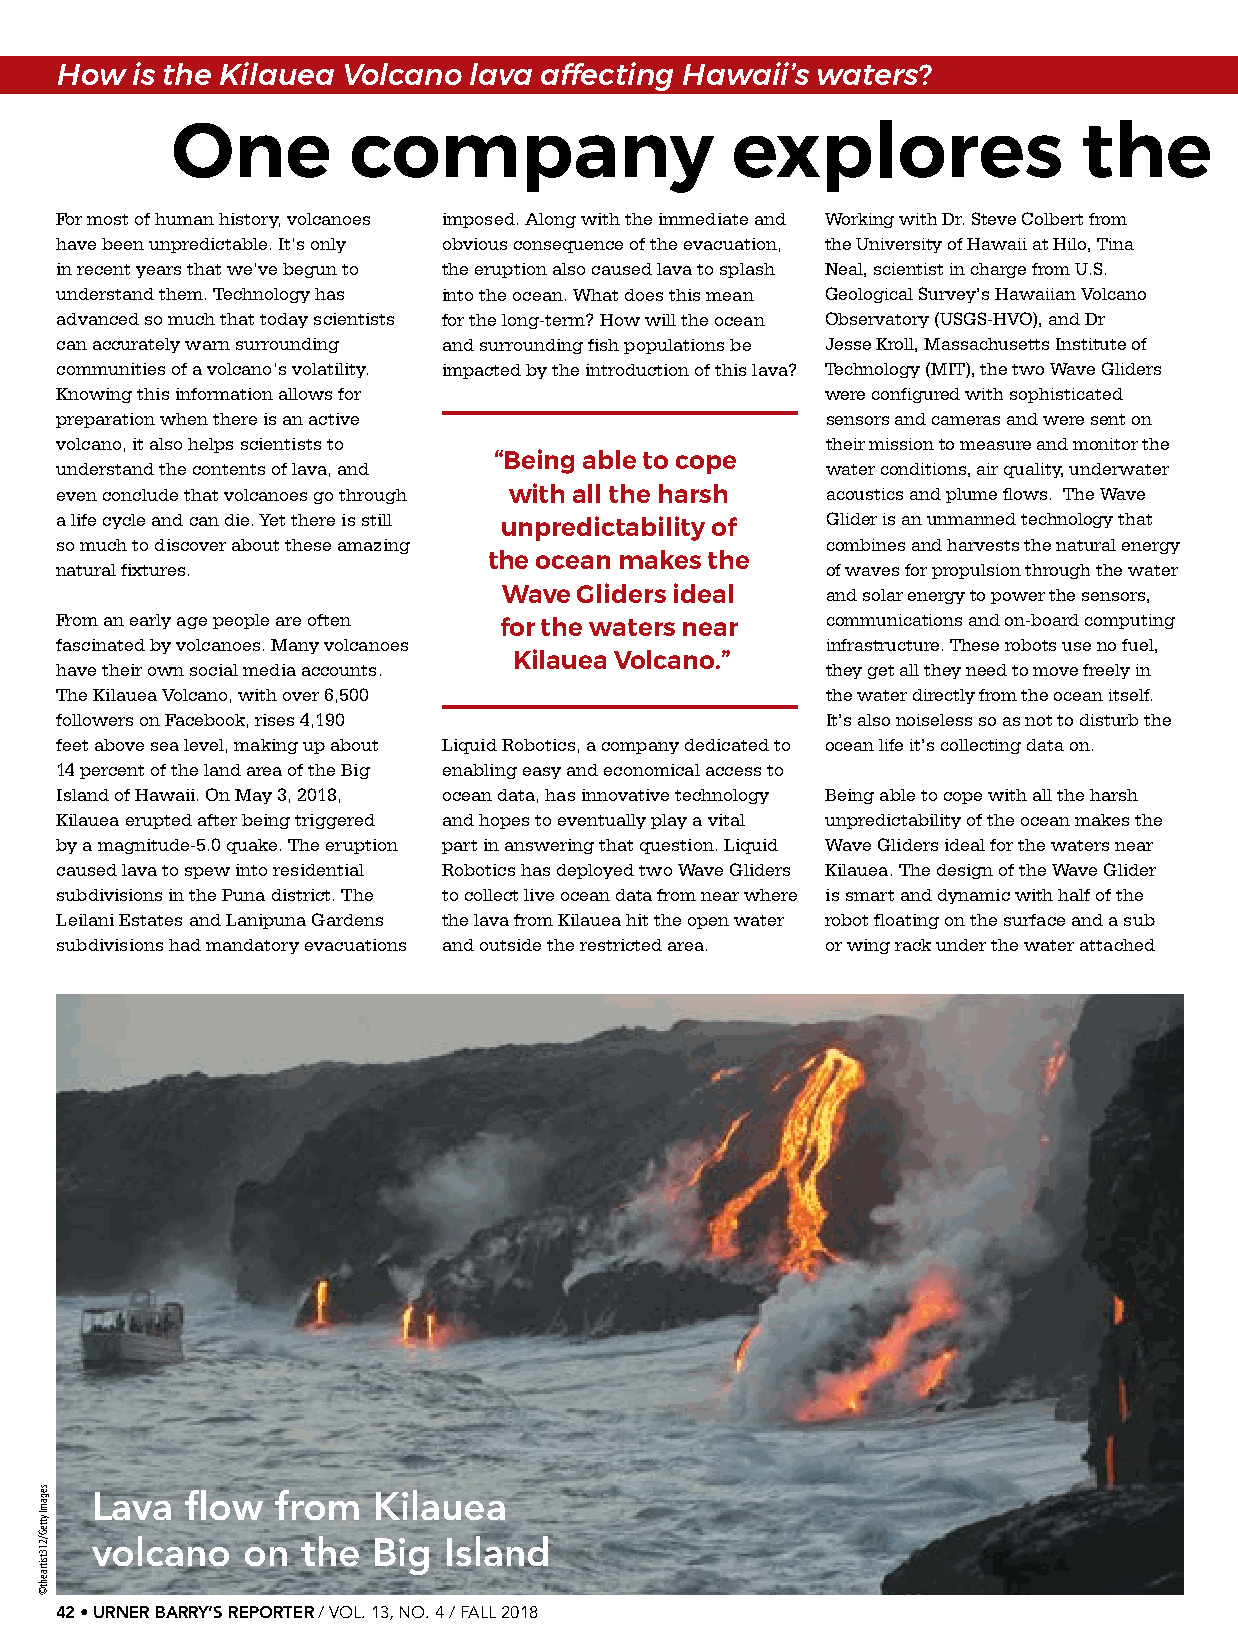
How  is the Kilauea Volcano lava affecting Hawaii’s waters?
 One         company                  explores                the
 For most of human history, volcanoes imposed. Along with the immediate and Working with Dr. Steve Colbert from
 have been unpredictable. It’s only obvious consequence of the evacuation, the University of Hawaii at Hilo, Tina
 in recent years that we’ve begun to the eruption also caused lava to splash Neal, scientist in charge from U.S.
 understand them. Technology has into the ocean. What does this mean Geological Survey’s Hawaiian Volcano
 advanced so much that today scientists for the long-term? How will the ocean Observatory (USGS-HVO), and Dr
 can accurately warn surrounding and surrounding fish populations be Jesse Kroll, Massachusetts Institute of
 communities of a volcano’s volatility. impacted by the introduction of this lava? Technology (MIT), the two Wave Gliders
 Knowing this information allows for                were configured with sophisticated
 preparation when there is an active                sensors and cameras and were sent on
 volcano, it also helps scientists to               their mission to measure and monitor the
 understand the contents of lava, and “Being able to cope water conditions, air quality, underwater
 even conclude that volcanoes go through with all the harsh acoustics and plume flows. The Wave
 a life cycle and can die. Yet there is still       Glider is an unmanned technology that
 unpredictability of
 so much to discover about these amazing            combines and harvests the natural energy
 natural fixtures.           the ocean makes the    of waves for propulsion through the water
 Wave Gliders ideal    and solar energy to power the sensors,
 From an early age people are often                 communications and on-board computing
 for the waters near
 fascinated by volcanoes. Many volcanoes            infrastructure. These robots use no fuel,
 have their own social media accounts. Kilauea Volcano.” they get all they need to move freely in
 The Kilauea Volcano, with over 6,500               the water directly from the ocean itself.
 followers on Facebook, rises 4,190                 It’s also noiseless so as not to disturb the
 feet above sea level, making up about Liquid Robotics, a company dedicated to ocean life it’s collecting data on.
 14 percent of the land area of the Big enabling easy and economical access to
 Island of Hawaii. On May 3, 2018, ocean data, has innovative technology Being able to cope with all the harsh
 Kilauea erupted after being triggered and hopes to eventually play a vital unpredictability of the ocean makes the
 by a magnitude-5.0 quake. The eruption part in answering that question. Liquid Wave Gliders ideal for the waters near
 caused lava to spew into residential Robotics has deployed two Wave Gliders Kilauea. The design of the Wave Glider
 subdivisions in the Puna district. The to collect live ocean data from near where is smart and dynamic with half of the
 Leilani Estates and Lanipuna Gardens the lava from Kilauea hit the open water robot floating on the surface and a sub
 subdivisions had mandatory evacuations and outside the restricted area. or wing rack under the water attached
 Lava  flow  from   Kilauea
 volcano   on  the  Big Island
 42 • URNER BARRY’S REPORTER / VOL. 13, NO. 4 / FALL 2018
 segamI
 ytteG/213tsitraeht©